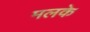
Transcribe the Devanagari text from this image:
मलके